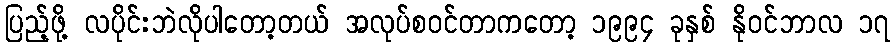
ပြည့်ဖို့ လပိုင်းဘဲလိုပါတော့တယ် အလုပ်စဝင်တာကတော့ ၁၉၉၄ ခုနှစ် နိုဝင်ဘာလ ၁၇